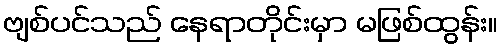
ဗျစ်ပင်သည် နေရာတိုင်းမှာ မဖြစ်ထွန်း။